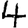
Digit: 4